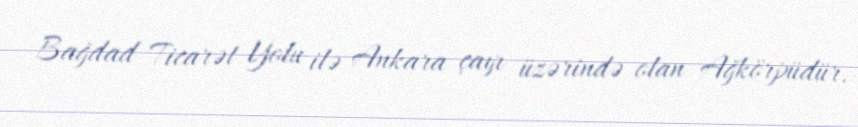
Bağdad Ticarət Yolu ilə Ankara çayı üzərində olan Ağkörpüdür.